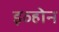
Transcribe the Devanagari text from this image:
इव्होन